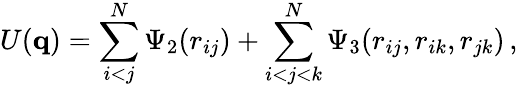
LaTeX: U(\mathbf{q})=\sum_{i<j}^{N}\Psi_{2}(r_{ij})+\sum_{i<j<k}^{N}\Psi_{3}(r_{ij},r_{ik},r_{jk})\, ,